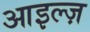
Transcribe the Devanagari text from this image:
आइल्ज़